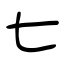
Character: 七